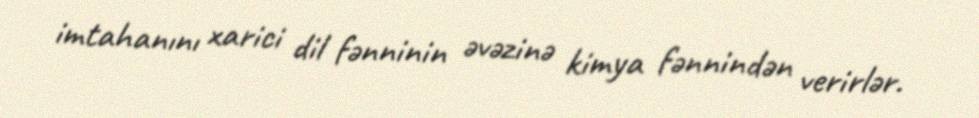
imtahanını xarici dil fənninin əvəzinə kimya fənnindən verirlər.